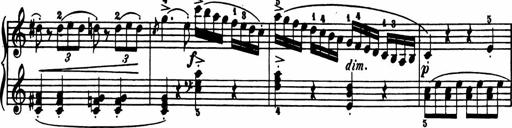
Title: 11 Sonatinas for Piano Solo
Composer: Anton Diabelli